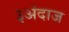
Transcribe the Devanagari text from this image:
३अंदाज